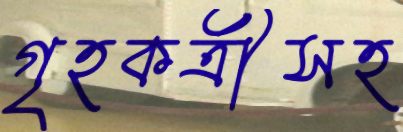
গৃহকর্ত্রীসহ